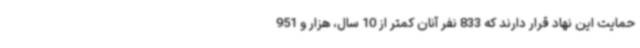
حمایت این نهاد قرار دارند که 833 نفر آنان کمتر از 10 سال، هزار و 951